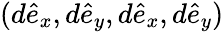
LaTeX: (d\hat{e}_{x},d\hat{e}_{y},d\hat{e}_{x},d\hat{e}_{y})